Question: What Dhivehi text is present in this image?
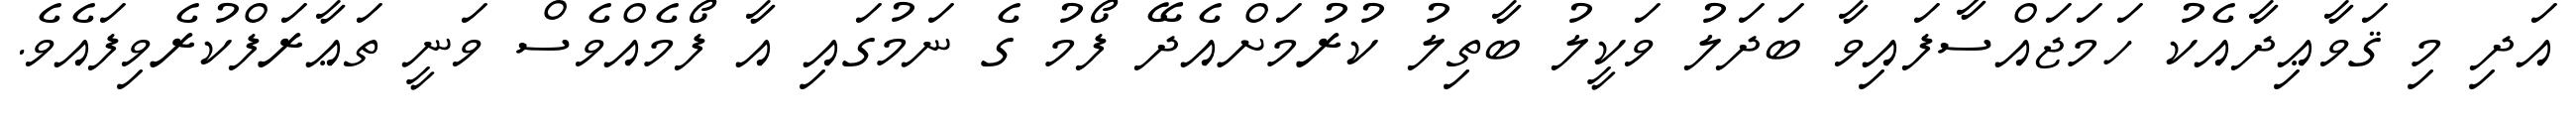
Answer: އަދި މި ޤަވާޢިދާއެކު ހަމަޖައްސާފައިވާ ބަދަލު ވަކީލު ބާތިލު ކުރުމަށްއެދޭ ފޯމު ގެ ނަމުގައި އާ ފޯމެއްވެސް ވަނީ ތަޢާރަފްކުރެވިފައެވެ.